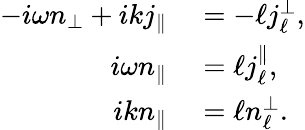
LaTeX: \begin{array}{rl}{-i\omega{n_{\perp}}+ik{j_{\| }}}&{{}=-\ell{j_{\ell}^{\perp}},}\\ {i\omega{n}_{\| }}&{{}=\ell j_{\ell}^{\| },}\\ {ik{n_{\| }}}&{{}=\ell{n_{\ell}^{\perp}}.}\end{array}